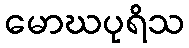
မောဃပုရိသ